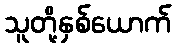
သူတို့နှစ်ယောက်